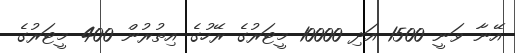
އޭނާ ވަނީ 1500 އަދި 10000 މީޓަރުގެ ރޭހުގެ އިތުރުން 400 މީޓަރުގެ